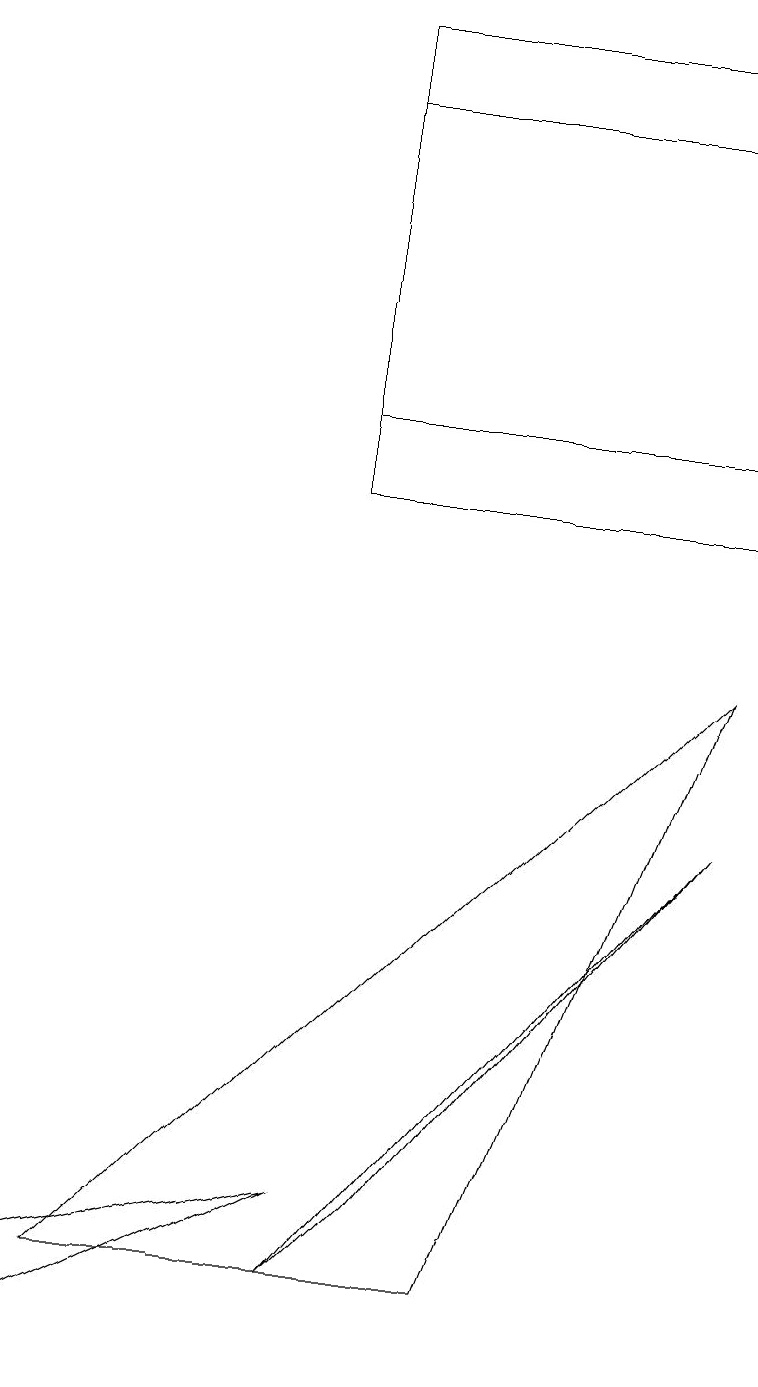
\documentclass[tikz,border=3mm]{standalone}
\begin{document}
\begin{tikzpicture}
\draw (9,17) rectangle (8,17);
\draw (9,7) -- (4,1) -- (5,2) -- cycle;
\draw (4,16) rectangle (6,16);
\draw (0,0) -- (4,2) -- (0,1) -- cycle;
\draw (9,17) rectangle (4,12);
\draw (9,9) -- (1,1) -- (6,1) -- cycle;
\draw (4,11) rectangle (9,16);
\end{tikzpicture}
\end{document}